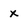
Character: X